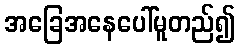
အခြေအနေပေါ်မူတည်၍